Source: Handwritten
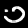
Digit: ၁ (1)